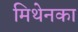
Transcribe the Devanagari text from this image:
मिथेनका